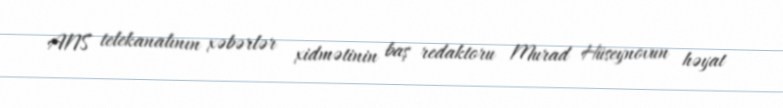
ANS telekanalının xəbərlər xidmətinin baş redaktoru Murad Hüseynovun həyat